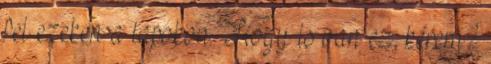
fel ezeken a lapokon. Hogy is van ez, kérem?